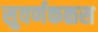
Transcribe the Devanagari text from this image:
सुवर्णकळस